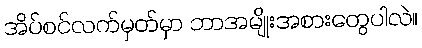
အိပ်စင်လက်မှတ်မှာ ဘာအမျိုးအစားတွေပါလဲ။